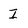
Character: I